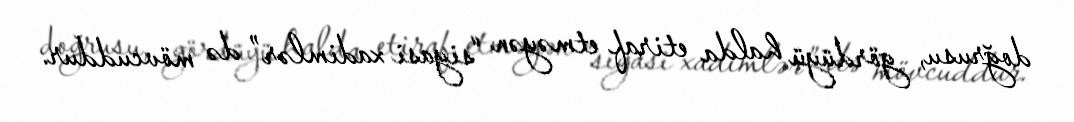
doğrusu, gördüyü halda etiraf etməyən “siyasi xadimlər” də mövcuddur.